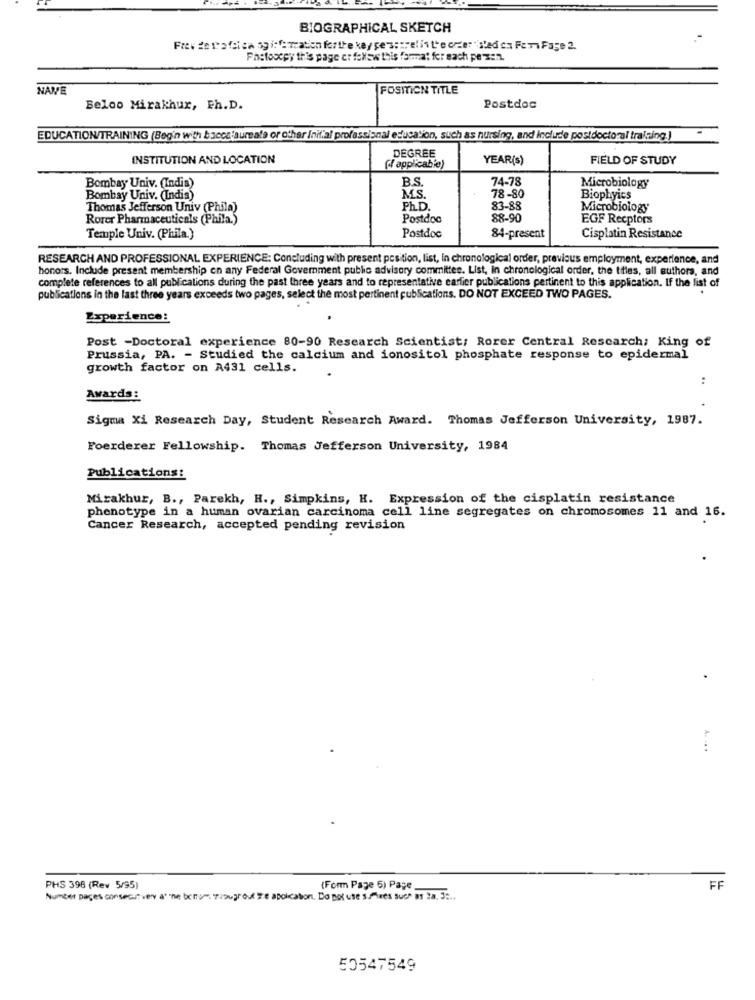
BIOGRAPHICAL SKETCH
Frev getafei en og i:f: Tration forthe key pers:spelin the order " sled en Fer Fage 2.
Pastoscey this page er follow this format fer sach pe zen.
NANE
POSITION TITLE
Beloo Mirakhur, Ph.D.
Postdoc
EDUCATION/TRAINING (Begin with baccalaureate or other Initial professional education, such as nursing, and include postdoctoral training.)
DEGREE
INSTITUTION AND LOCATION
YEAR(s)
FIELD OF STUDY
({ applicable)
B.S
74-78
Microbiology
Bombay Univ. (India)
Bombay Univ. (India)
MS
78-80
Biophyics
Thomas Jefferson Univ (Phila)
Ph. D .
83-88
Microbiology
Rorer Pharmaceuticals (Phila.)
Postdoc
88-90
EGF Recptors
Temple Univ. (Phila.)
Postdoc
84-present
Cisplatin Resistance
RESEARCH AND PROFESSIONAL EXPERIENCE: Concluding with present position, list, in chronological order, previous employment, experience, and
honors. Include present membership en any Federal Government public advisory committee. List, in chronological order, the ttles, all authors, and
complete references to all publications during the past three years and to representative carlier publications pertinent to this application. If the list of
publications in the last three years exceeds two pages, select the most pertinent publications. DO NOT EXCEED TWO PAGES.
Experience:
Post -Doctoral experience 80-90 Research Scientist: Rorer Central Research; King of
Prussia, PA. - Studied the calcium and ionositol phosphate response to epidermal
growth factor on A431 cells.
. .
Awards:
Sigma Xi Research Day, Student Research Award. Thomas Jefferson University, 1987.
Foerderer Fellowship. Thomas Jefferson University, 1984
Publications:
Mirakhur, B ., Parekh, H ., Simpkins, H. Expression of the cisplatin resistance
phenotype in a human ovarian carcinoma cell line segregates on chromosomes 11 and 16.
Cancer Research, accepted pending revision
.. .. .
PHS 398 (Rev 5/95)
(Form Page 6) Page
FF
Number pages consecu vew at one berge, grougrouthe application. Do not use suaes such as ?a. 3 :..
50547549